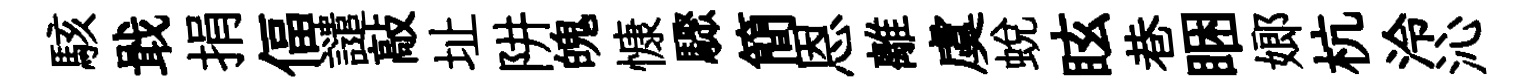
駭戢捐偪譴敲址阱魄慷驟簡恩離虞蛻眩巷睏嫏杭泠沁